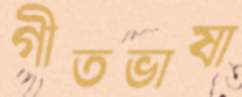
গীতভাষা